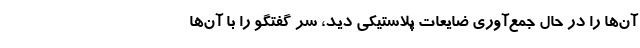
آن‌ها را در حال جمع‌آوری ضایعات پلاستیکی دید، سر گفتگو را با آن‌ها